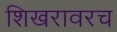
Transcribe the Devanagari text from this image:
शिखरावरच